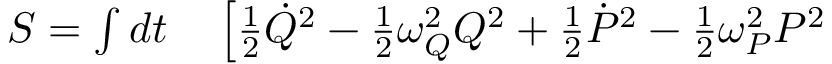
\begin{array} { r l } { S = \int d t } & { { } \left[ \frac { 1 } { 2 } \dot { Q } ^ { 2 } - \frac { 1 } { 2 } \omega _ { Q } ^ { 2 } Q ^ { 2 } + \frac { 1 } { 2 } \dot { P } ^ { 2 } - \frac { 1 } { 2 } \omega _ { P } ^ { 2 } P ^ { 2 } \right. } \end{array}